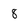
Character: 8